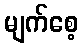
မျက်စေ့